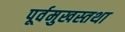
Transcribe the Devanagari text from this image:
पूर्वमुखस्तथा